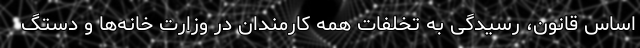
اساس قانون، رسیدگی به تخلفات همه کارمندان در وزارت خانه‌ها و دستگ